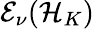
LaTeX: \mathcal{E}_{\nu}(\mathcal{H}_{K})